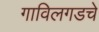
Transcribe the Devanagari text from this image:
गाविलगडचे